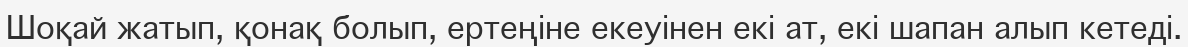
Шоқай жатып, қонақ болып, ертеңіне екеуінен екі ат, екі шапан алып кетеді.